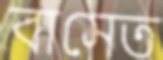
বাসেত